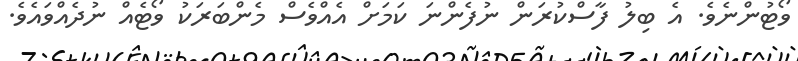
ވޯޓުންނެވެ. އެ ބިލު ފާސްކުރަން ނުފެންނަ ކަމަށް އެއްވެސް މެންބަރަކު ވޯޓެއް ނުދެއްވައެވެ.